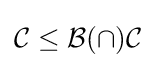
{\mathcal {C}}\leq {\mathcal {B}}(\cap ){\mathcal {C}}